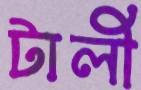
টালী